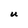
Character: u